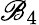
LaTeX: \mathscr{B}_{4}